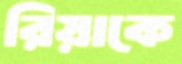
রিয়াকে